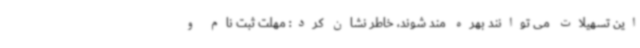
این تسهیلات می توانند بهره مند شوند، خاطر نشان کرد: مهلت ثبت نام و